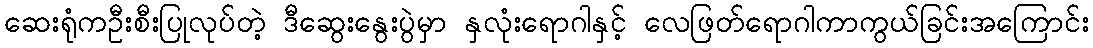
ဆေးရုံကဦးစီးပြုလုပ်တဲ့ ဒီဆွေးနွေးပွဲမှာ နှလုံးရောဂါနှင့် လေဖြတ်ရောဂါကာကွယ်ခြင်းအကြောင်း